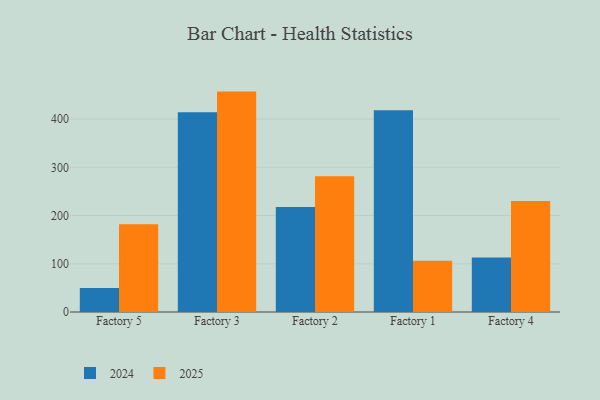
{"axis": {"x": "Factory", "y": "Budget (USD K)"}, "legend": ["2024", "2025"], "data": [{"x": "Factory 5", "y": 50.0, "type": "2024"}, {"x": "Factory 5", "y": 181.7, "type": "2025"}, {"x": "Factory 3", "y": 414.1, "type": "2024"}, {"x": "Factory 3", "y": 457.0, "type": "2025"}, {"x": "Factory 2", "y": 217.8, "type": "2024"}, {"x": "Factory 2", "y": 281.4, "type": "2025"}, {"x": "Factory 1", "y": 418.4, "type": "2024"}, {"x": "Factory 1", "y": 106.4, "type": "2025"}, {"x": "Factory 4", "y": 113.0, "type": "2024"}, {"x": "Factory 4", "y": 230.1, "type": "2025"}]}